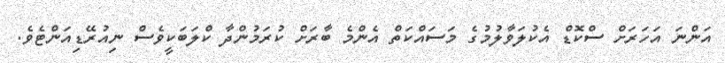
އަންނަ އަހަރަށް ސްކޮޑް އެކުލަވާލުމުގެ މަސައްކަތް އެންމެ ބާރަށް ކުރަމުންދާ ކްލަބަކީވެސް ނިއުރޭޑިއަންޓެވެ.